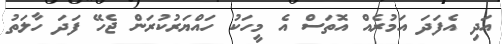
އަދި އެފަދަ އަމުރެއް އޮތަސް އެ މީހަކު ހައްޔަރުކުރަން ޖެހޭ ފަދަ ހާލަތު